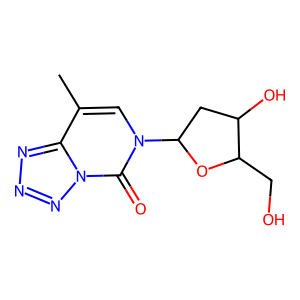
SMILES: Cc1cn(C2CC(O)C(CO)O2)c(=O)n2nnnc12
Inhibits HIV replication: No